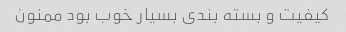
کیفیت و بسته بندی بسیار خوب بود ممنون